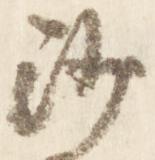
沙